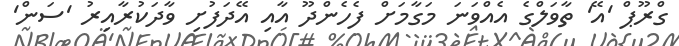
ގްރޫޕް 'އޭ' ތާވަލްގެ އެއްވަނަ މަގާމަށް ފެހެންދޫ އާއި އޭދަފުށި ވާދަކުރާއިރު 'ސަން'